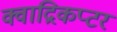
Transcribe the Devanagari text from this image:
क्वाद्रिकप्टर